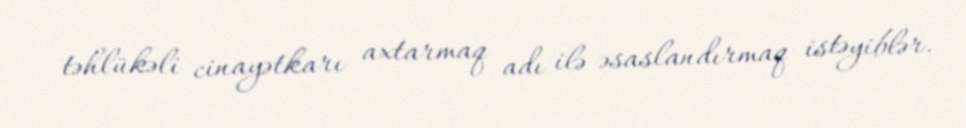
təhlükəli cinayətkarı axtarmaq adı ilə əsaslandırmaq istəyiblər.